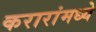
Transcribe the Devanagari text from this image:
करारांमध्ये